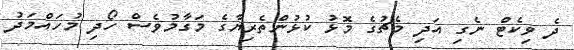
ދެ ވިކެޓް ނެގި އަދި މެޗުގެ މޮޅު ކުޅުންތެރިޔާގެ މަގާމުވެސް ހޯދި މުހައްމަދު